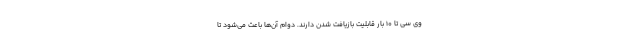
وی سی تا 10 بار قابلیت بازیافت شدن دارند. دوام آن‌ها باعث می‌شود تا